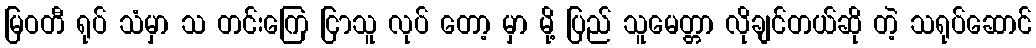
မြဝတီ ရုပ် သံမှာ သ တင်းကြေ ငြာသူ လုပ် တော့ မှာ မို့ ပြည် သူမေတ္တာ လိုချင်တယ်ဆို တဲ့ သရုပ်ဆောင်